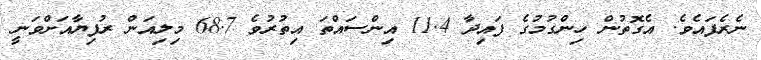
ނެރެފައެވެ. އެގޮތުން ހިންގުމުގެ ފައިދާ 11.4 އިންސައްތަ އިތުރުވެ 68.7 މިލިއަން ރުފިޔާއަށްވަނީ